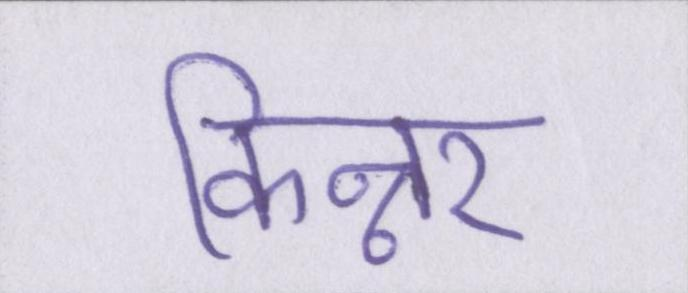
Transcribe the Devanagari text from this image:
किन्नर